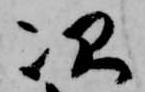
次